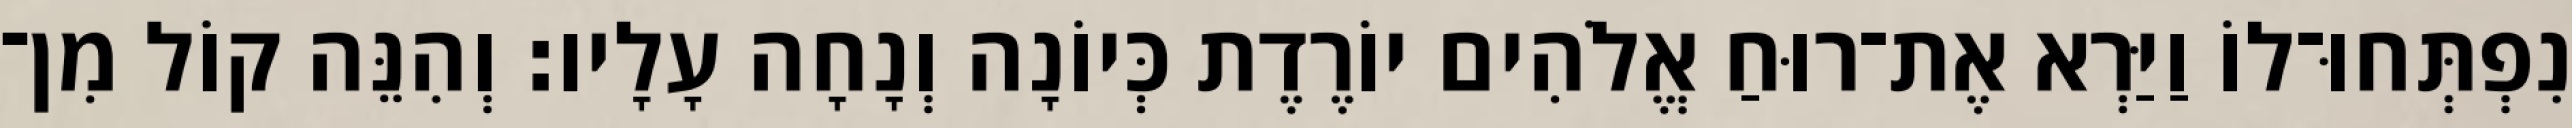
נִפְתְּחוּ־לוֹ וַיַּרְא אֶת־רוּחַ אֱלֹהִים יוֹרֶדֶת כְּיוֹנָה וְנָחָה עָלָיו׃ וְהִנֵּה קוֹל מִן־